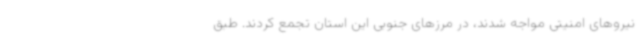
نیروهای امنیتی مواجه شدند، در مرزهای جنوبی این استان تجمع کردند. طبق